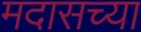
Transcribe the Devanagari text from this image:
मदासच्या